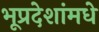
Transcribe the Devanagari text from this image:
भूप्रदेशांमधे